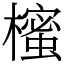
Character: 櫁